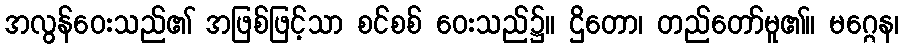
အလွန်ဝေးသည်၏ အဖြစ်ဖြင့်သာ စင်စစ် ဝေးသည်၌။ ဌိတော၊ တည်တော်မူ၏။ မဂ္ဂေန၊